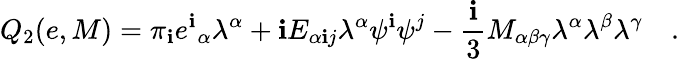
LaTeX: Q_{2}(e,M)=\pi_{\mathbf{i}}{e^{\mathbf{i}}}_{\alpha}\lambda^{\alpha}+\mathbf{i}E_{\alpha\mathbf{i}j}\lambda^{\alpha}\psi^{\mathbf{i}}\psi^{j}-\frac{{\mathbf{i}}}{{3}}M_{\alpha\beta\gamma}\lambda^{\alpha}\lambda^{\beta}\lambda^{\gamma}\quad.